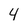
Character: 4